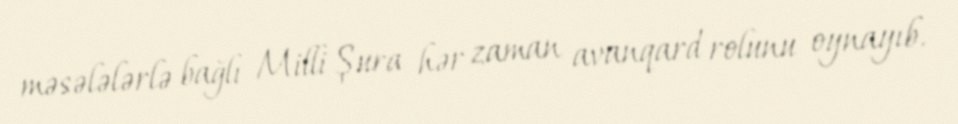
məsələlərlə bağlı Milli Şura hər zaman avanqard rolunu oynayıb.